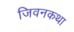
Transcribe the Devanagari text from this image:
जिवनकथा